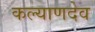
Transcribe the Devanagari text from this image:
कल्याणदेव